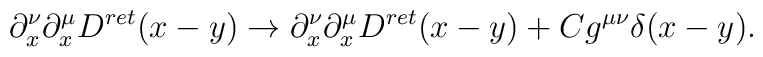
\partial_x^\nu\partial^\mu_x D^{ret}(x-y) \rightarrow\partial_x^\nu\partial^\mu_x D^{ret}(x-y)+Cg^{\mu \nu} \delta(x-y).